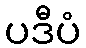
ပဒီပံ